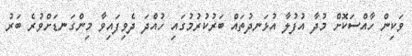
ވަކިން ހާއްސަކޮށް މުދާ އުފުލާ އުޅަނދުތައް ބަރުކުރުމުގައި ހުއްދަ ދެވިފައިވާ މިންގަނޑަށްވުރެ ބަރު